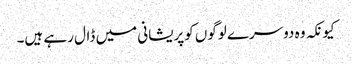
کیونکہ وہ دوسرے لوگوں کوپریشانی میں ڈال رہے ہیں۔